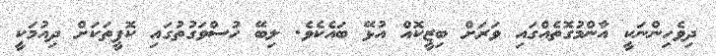
ދިވެހިންނަކީ އާންމުގޮތެއްގައި ވަރަށް ބިޒީކޮއް އުޅޭ ބައެކެވެ. ލިބޭ ހުސްވަގުތުގައި ކޮފީތަކަށް ދިއުމަކީ